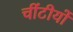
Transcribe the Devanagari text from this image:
चींटीयों